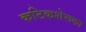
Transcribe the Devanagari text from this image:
कटिकशेरूका